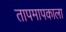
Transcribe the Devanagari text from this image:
तापमापकाला